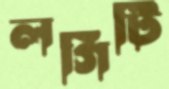
লগিটি